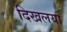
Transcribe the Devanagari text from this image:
दिखलया